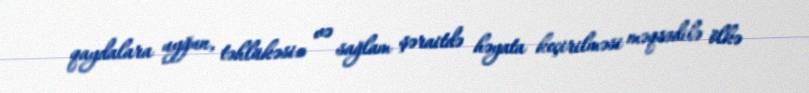
qaydalara uyğun, təhlükəsiz və sağlam şəraitdə həyata keçirilməsi məqsədilə ölkə